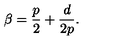
\beta = { \frac { p } { 2 } } + { \frac { d } { 2 p } } .